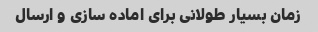
زمان بسیار طولانی برای اماده سازی و ارسال